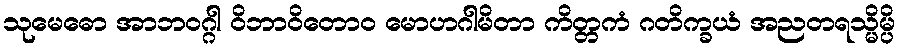
သုမေဓော အာဘဝဂ္ဂါ ဝိဘာဝိတောဝ မောဟဂါမိတာ ကိတ္တကံ ဂတိက္ခယံ အညတရသ္မိမ္ပိ